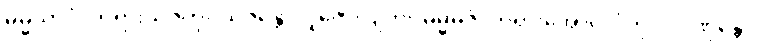
ဓမ္မယာဂံ၊ တရားယဇ်ကို။ ယဇန္တော၊ ပူဇော်လျက်။ ဓမ္မဓဇံ၊ တရားအောင်လံကို။ ပဂ္ဂဏှန္တော၊